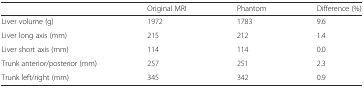
<table><thead><tr><td></td><td><b>Original MRI</b></td><td><b>Phantom</b></td><td><b>Difference (%)</b></td></tr></thead><tbody><tr><td>Liver volume (g)</td><td>1972</td><td>1783</td><td>9.6</td></tr><tr><td>Liver long axis (mm)</td><td>215</td><td>212</td><td>1.4</td></tr><tr><td>Liver short axis (mm)</td><td>114</td><td>114</td><td>0.0</td></tr><tr><td>Trunk anterior/posterior (mm)</td><td>257</td><td>251</td><td>2.3</td></tr><tr><td>Trunk left/right (mm)</td><td>345</td><td>342</td><td>0.9</td></tr></tbody></table>